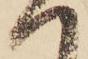
へ